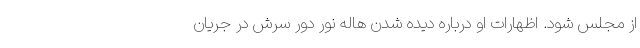
از مجلس شود. اظهارات او درباره دیده شدن هاله نور دور سرش در جریان